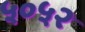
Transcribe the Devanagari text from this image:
५०५२